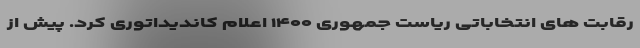
رقابت های انتخاباتی ریاست جمهوری ۱۴۰۰ اعلام کاندیداتوری کرد. پیش از